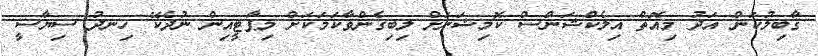
ޤާބިލުކަން އަދު މިއޮތް އިލެކްޝަންސް ކޮމިޝަނަށް ލިބިގެންވާކަމަކަށް މިޕާޓީއިން ނުދެކޭ ހިނދު ސިޔާސީ